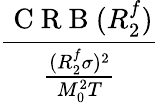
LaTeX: \frac{\mathrm{~C~R~B~}(R_{2}^{f})}{\frac{(R_{2}^{f}\sigma)^{2}}{M_{0}^{2}T}}